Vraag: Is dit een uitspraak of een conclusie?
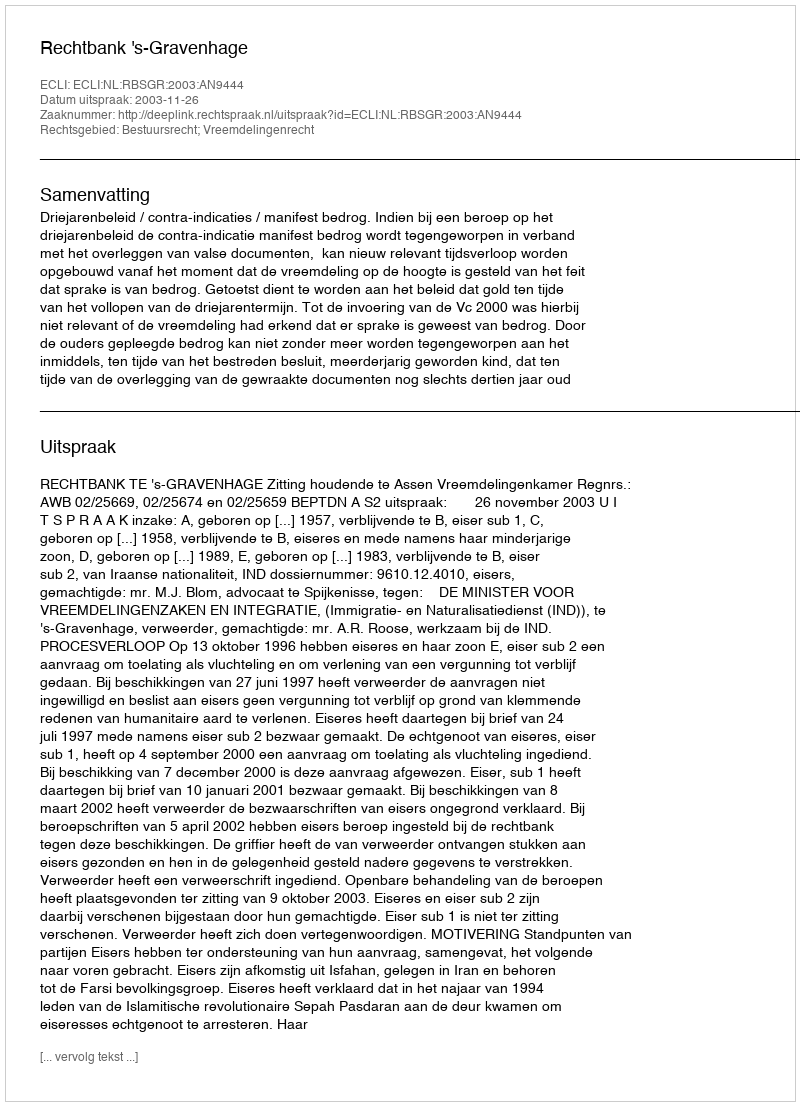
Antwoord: Uitspraak